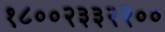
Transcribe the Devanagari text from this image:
१८००२३३२२००